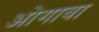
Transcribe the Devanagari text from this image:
ओगावा